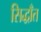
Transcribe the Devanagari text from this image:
सिद्धाँत